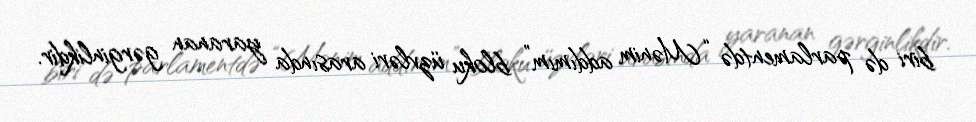
biri də parlamentdə “Mənim addımım” bloku üzvləri arasında yaranan gərginlikdir.